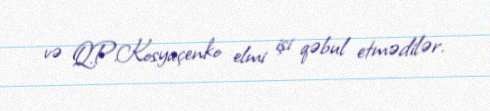
və Q.P.Kosyaçenko elmi işi qəbul etmədilər.